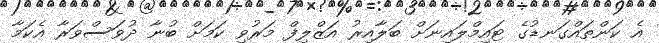
އެ ކަންތައްގަނޑުގެ ޓައިމްލައިނަށް ބަލާއިރު އަޒްލިފް މަރުވި ކަމަށް ބުނާ ދުވަސްވަރާ އެކަމާ